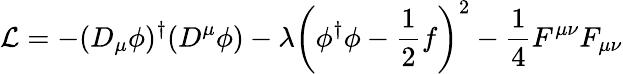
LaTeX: {\cal{L}}=-(D_{\mu}\phi)^{\dagger}(D^{\mu}\phi)-\lambda\left(\phi^{\dagger}\phi-\frac{1}{2}f\right)^{2}-\frac{1}{4}F^{\mu\nu}F_{\mu\nu}